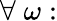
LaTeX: \forall\; \omega: